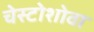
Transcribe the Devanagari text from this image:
चेस्टोशोवा